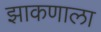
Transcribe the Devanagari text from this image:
झाकणाला